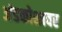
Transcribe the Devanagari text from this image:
अंडकोशावर